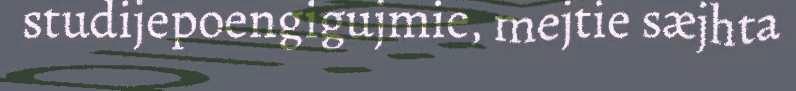
studijepoengigujmie, mejtie sæjhta